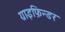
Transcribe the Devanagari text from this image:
ग्राइफ़िन्डर